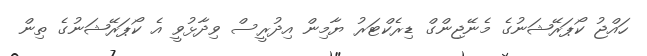
ހައްޖު ކޯޕަރޭޝަނުގެ މެނޭޖިންގް ޑިރެކްޓަރު ޔާމިން އިދުރީސް ވިދާޅުވީ އެ ކޯޕަރޭޝަނުގެ ތިން